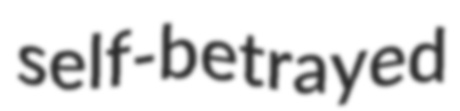
self-betrayed